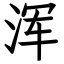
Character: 浑